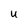
Character: U